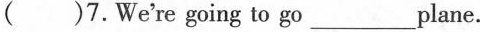
( )7.We're going to go___plane.